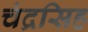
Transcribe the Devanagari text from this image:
चंद्रसिह